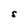
Character: S